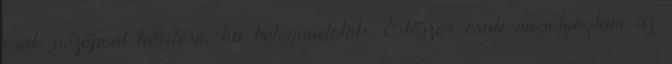
csak nézőpont kérdése, ha belegondolok. Először csak mosolyogtam az